Vaccine operations Central Provinces 1900-1911 - 1900-1911
Year: 1900
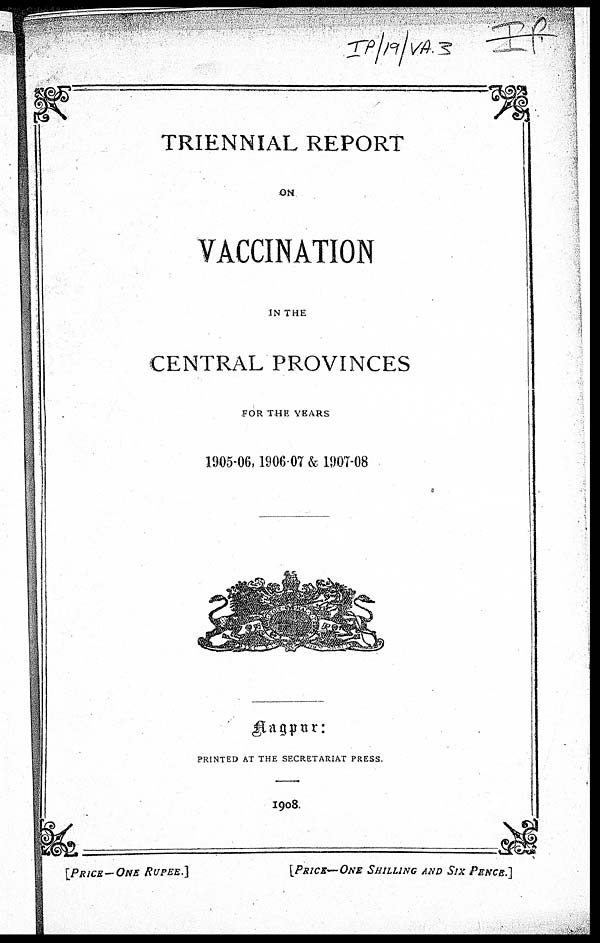
TRIENNIAL REPORT
ON
VACCINATION
IN THE
CENTRAL PROVINCES
FOR THE YEARS
1905-06,1906-07 & 1907-08
Nagpur:
PRINTED AT THE SECRETARIAT PRESS.
1908.
[PRICE-ONE RUPEE.]
[PRICE—ONE SHILLING AND SIX PENCE.]